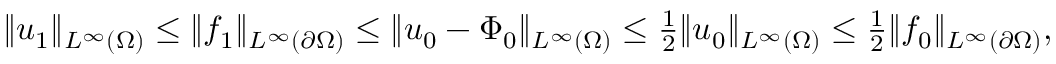
\begin{array} { r } { \| u _ { 1 } \| _ { L ^ { \infty } ( \Omega ) } \le \| f _ { 1 } \| _ { L ^ { \infty } ( \partial \Omega ) } \le \| u _ { 0 } - \Phi _ { 0 } \| _ { L ^ { \infty } ( \Omega ) } \le \frac { 1 } { 2 } \| u _ { 0 } \| _ { L ^ { \infty } ( \Omega ) } \le \frac { 1 } { 2 } \| f _ { 0 } \| _ { L ^ { \infty } ( \partial \Omega ) } , } \end{array}